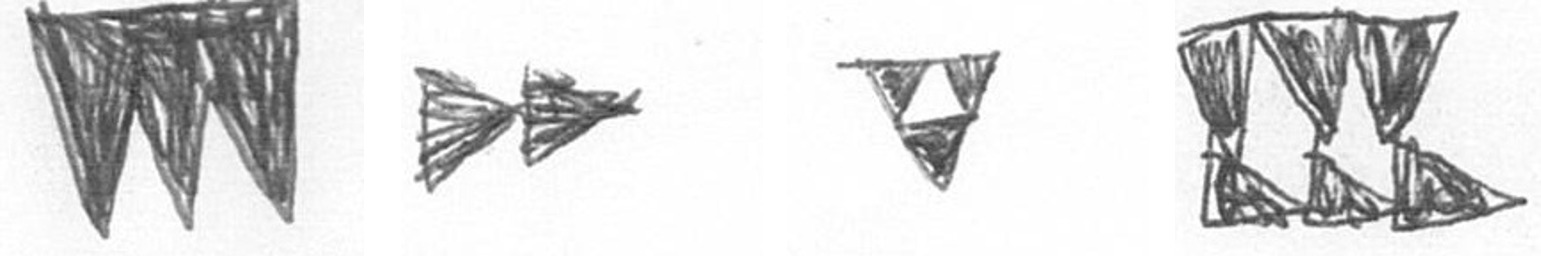
L A S D